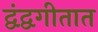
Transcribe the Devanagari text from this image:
द्वंद्वगीतात